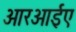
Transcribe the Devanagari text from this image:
आरआईए